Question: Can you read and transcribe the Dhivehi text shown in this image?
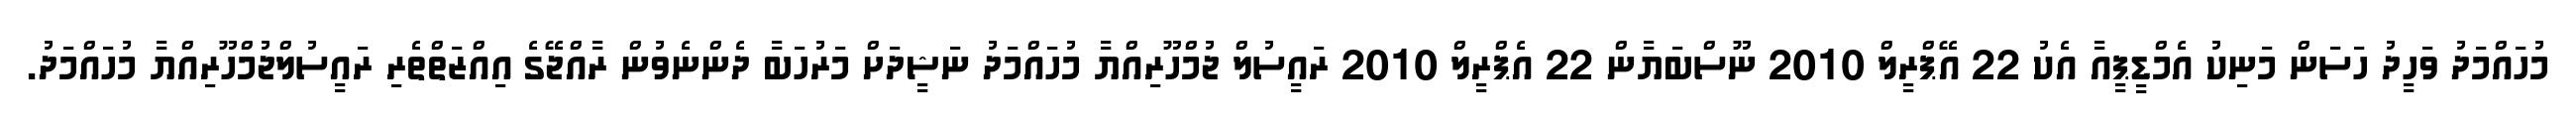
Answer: މުހައްމަދު ވަހީދު ހަސަން މަނިކު އެމްޑީޕީއާ އެކު 22 އޭޕްރީލް 2010 ނޫސްބަޔާން 22 އެޕްރީލް 2010 ރައީސުލް ޖުމްހޫރިއްޔާ މުހައްމަދު ނަޝީދަށް މަރުހަބާ ދެންނެވުން ރާއްޖޭގެ އިއްޒަތްތެރި ރައީސުލްޖުމްހޫރިއްޔާ މުހައްމަދު.